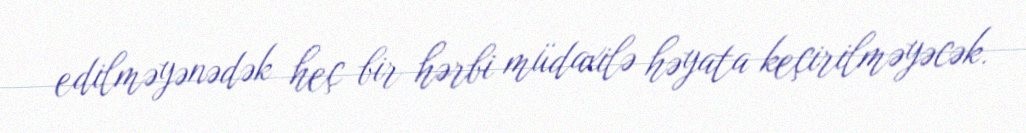
edilməyənədək heç bir hərbi müdaxilə həyata keçirilməyəcək.